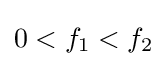
0<f_{1}<f_{2}